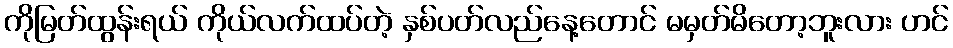
ကိုမြတ်ထွန်းရယ် ကိုယ်လက်ထပ်တဲ့ နှစ်ပတ်လည်နေ့တောင် မမှတ်မိတော့ဘူးလား ဟင်